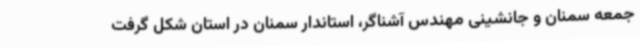
جمعه سمنان و جانشینی مهندس آشناگر، استاندار سمنان در استان شکل گرفت